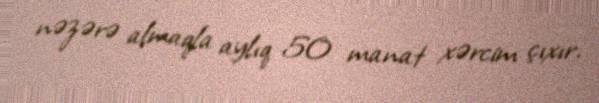
nəzərə almaqla aylıq 50 manat xərcim çıxır.